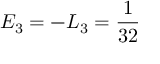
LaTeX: { \cal E } _ { 3 } = - { \cal L } _ { 3 } = \frac { 1 } { 3 2 }